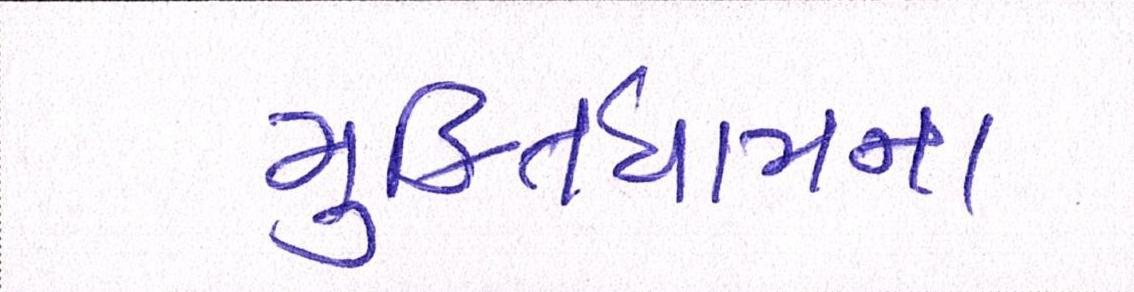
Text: મુકિતધામના